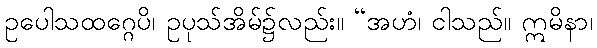
ဥပေါသထဂ္ဂေပိ၊ ဥပုသ်အိမ်၌လည်း။ “အဟံ၊ ငါသည်။ ဣမိနာ၊